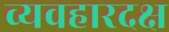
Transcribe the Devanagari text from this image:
व्यवहारदक्ष